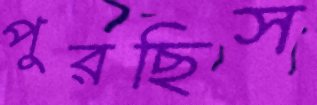
পুরছিস